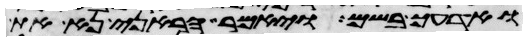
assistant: ואדעך בשם ויאמר הראני נא את